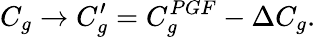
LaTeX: C_{g}\rightarrow C_{g}^{\prime}=C_{g}^{PGF}-\Delta C_{g}.